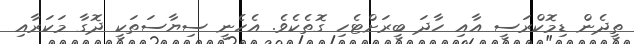
ތީދެން ޑިމޮކްރަސީ އާއި ހާދަ ބީރަށްޓެހި ގޮތެކެވެ. އެހެނީ ސިޔާސަތަކީ ދޮގާ މަކަރާއި